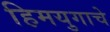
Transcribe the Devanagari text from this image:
हिमयुगाचे